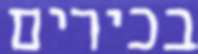
בכירים